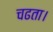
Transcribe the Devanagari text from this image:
चढता।